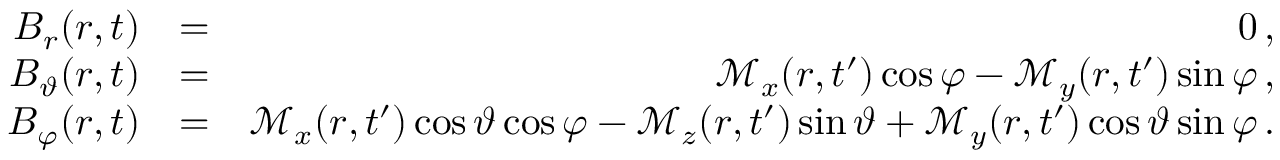
\begin{array} { r l r } { B _ { r } ( \boldsymbol { r } , t ) } & { = } & { 0 \, , } \\ { B _ { \vartheta } ( \boldsymbol { r } , t ) } & { = } & { \mathcal { M } _ { x } ( r , t ^ { \prime } ) \cos \varphi - \mathcal { M } _ { y } ( r , t ^ { \prime } ) \sin \varphi \, , } \\ { B _ { \varphi } ( \boldsymbol { r } , t ) } & { = } & { \mathcal { M } _ { x } ( r , t ^ { \prime } ) \cos \vartheta \cos \varphi - \mathcal { M } _ { z } ( r , t ^ { \prime } ) \sin \vartheta + \mathcal { M } _ { y } ( r , t ^ { \prime } ) \cos \vartheta \sin \varphi \, . } \end{array}